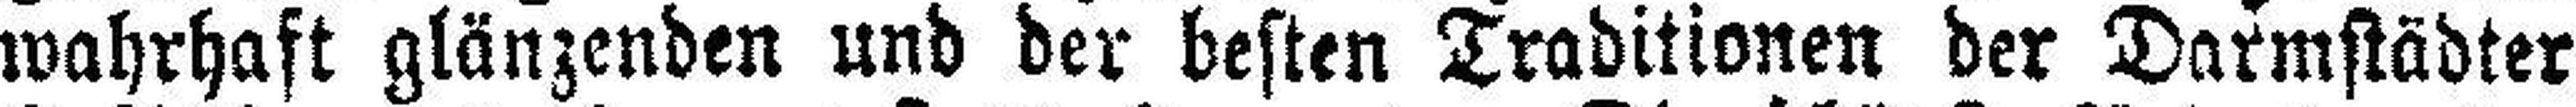
wahrhaft glänzenden und der besten Traditionen der Darmstädter